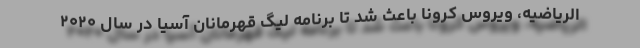
الریاضیه، ویروس کرونا باعث شد تا برنامه لیگ قهرمانان آسیا در سال ۲۰۲۰